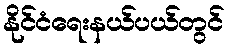
နိုင်ငံရေးနယ်ပယ်တွင်